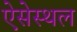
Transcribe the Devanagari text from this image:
ऐसेस्थल